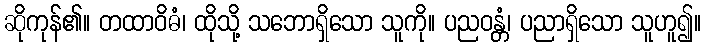
ဆိုကုန်၏။ တထာဝိဓံ၊ ထိုသို့ သဘောရှိသော သူကို။ ပညဝန္တံ၊ ပညာရှိသော သူဟူ၍။